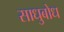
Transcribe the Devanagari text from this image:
साधुबोध